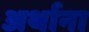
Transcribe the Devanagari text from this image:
अर्थाना